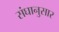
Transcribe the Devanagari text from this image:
संघानुसार